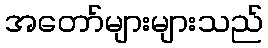
အတော်များများသည်